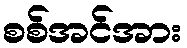
စစ်အင်အား